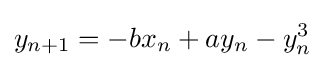
y_{n+1}=-bx_{n}+ay_{n}-y_{n}^{3}